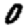
Digit: 0